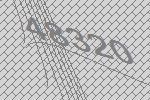
48320